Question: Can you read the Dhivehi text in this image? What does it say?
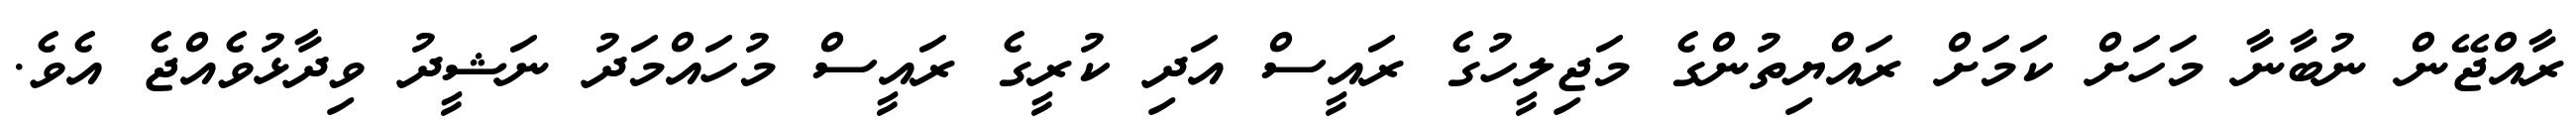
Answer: ރާއްޖޭން ނުބާނާ މަހަށް ކަމަށް ރައްޔިތުންގެ މަޖިލީހުގެ ރައީސް އަދި ކުރީގެ ރައީސް މުހައްމަދު ނަޝީދު ވިދާޅުވެއްޖެ އެވެ.